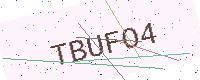
Text: TBUFO4